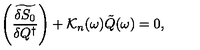
\left( \widetilde { \frac { \delta S _ { 0 } } { \delta Q ^ { \dagger } } } \right) + { \cal K } _ { n } ( \omega ) \tilde { Q } ( \omega ) = 0 ,